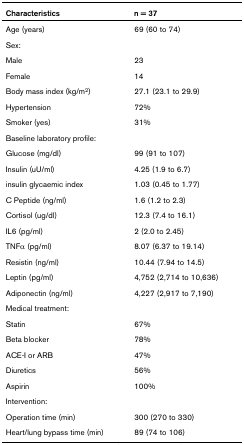
<table><thead><tr><td><b>Characteristics</b></td><td><b>n = 37</b></td></tr></thead><tbody><tr><td>Age (years)</td><td>69 (60 to 74)</td></tr><tr><td>Sex:</td><td></td></tr><tr><td>Male</td><td>23</td></tr><tr><td>Female</td><td>14</td></tr><tr><td>Body mass index (kg/m<sup>2</sup>)</td><td>27.1 (23.1 to 29.9)</td></tr><tr><td>Hypertension</td><td>72%</td></tr><tr><td>Smoker (yes)</td><td>31%</td></tr><tr><td>Baseline laboratory profile:</td><td></td></tr><tr><td>Glucose (mg/dl)</td><td>99 (91 to 107)</td></tr><tr><td>Insulin (uU/ml)</td><td>4.25 (1.9 to 6.7)</td></tr><tr><td>insulin glycaemic index</td><td>1.03 (0.45 to 1.77)</td></tr><tr><td>C Peptide (ng/ml)</td><td>1.6 (1.2 to 2.3)</td></tr><tr><td>Cortisol (ug/dl)</td><td>12.3 (7.4 to 16.1)</td></tr><tr><td>IL6 (pg/ml)</td><td>2 (2.0 to 2.45)</td></tr><tr><td>TNFα (pg/ml)</td><td>8.07 (6.37 to 19.14)</td></tr><tr><td>Resistin (ng/ml)</td><td>10.44 (7.94 to 14.5)</td></tr><tr><td>Leptin (pg/ml)</td><td>4,752 (2,714 to 10,636)</td></tr><tr><td>Adiponectin (ng/ml)</td><td>4,227 (2,917 to 7,190)</td></tr><tr><td>Medical treatment:</td><td></td></tr><tr><td>Statin</td><td>67%</td></tr><tr><td>Beta blocker</td><td>78%</td></tr><tr><td>ACE-I or ARB</td><td>47%</td></tr><tr><td>Diuretics</td><td>56%</td></tr><tr><td>Aspirin</td><td>100%</td></tr><tr><td>Intervention:</td><td></td></tr><tr><td>Operation time (min)</td><td>300 (270 to 330)</td></tr><tr><td>Heart/lung bypass time (min)</td><td>89 (74 to 106)</td></tr></tbody></table>